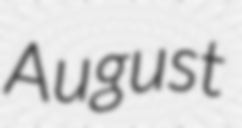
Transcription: August